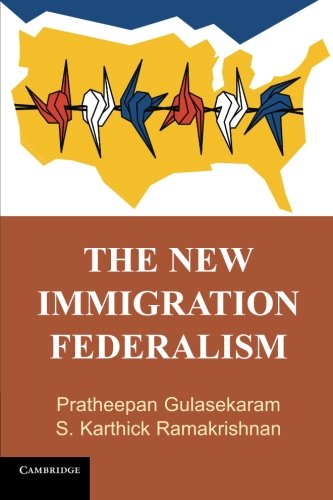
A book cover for The New Immigration Federalism; Pratheepan Gulasekaram; Law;